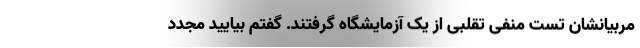
مربیانشان تست منفی تقلبی از یک آزمایشگاه گرفتند. گفتم بیایید مجدد